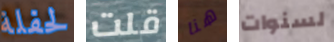
لحفلة قلت هنا لسنوات